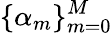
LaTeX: \lbrace\alpha_{m}\rbrace_{m=0}^{M}